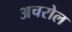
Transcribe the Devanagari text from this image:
अचरोल